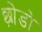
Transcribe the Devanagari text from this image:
छ़ोडो